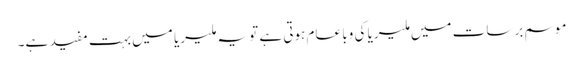
موسم برسات میں ملیریا کی وبا عام ہوتی ہے تو یہ ملیریا میں بہت مفید ہے۔